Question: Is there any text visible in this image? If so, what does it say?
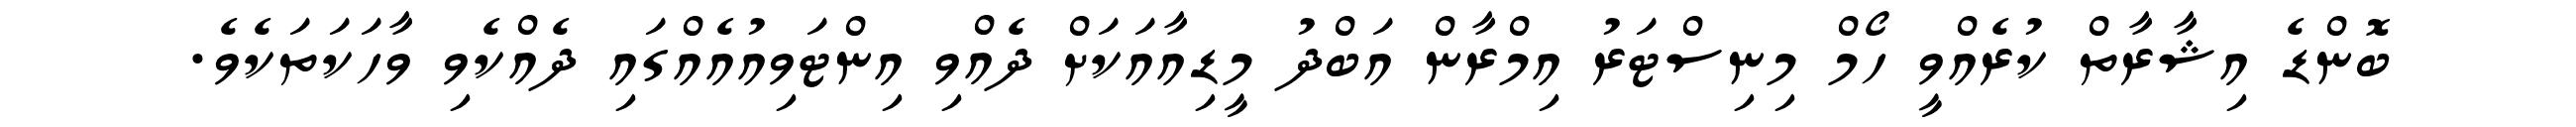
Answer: ބޮންޑެ އިޝާރާތް ކުރެއްވީ ހޯމް މިނިސްޓަރު އިމްރާން އަބްދު މީޑިއާއަކަށް ދެއްވި އިންޓަވިއުއެއްގައި ދެއްކެވި ވާހަކަތަކެވެ.